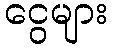
ငွေများ